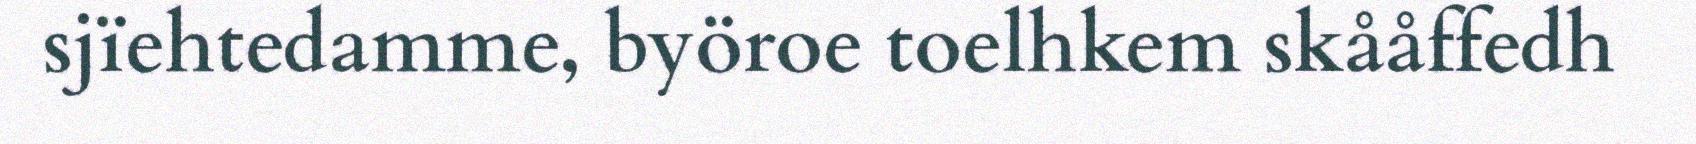
sjïehtedamme, byöroe toelhkem skååffedh